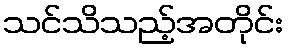
သင်သိသည့်အတိုင်း